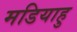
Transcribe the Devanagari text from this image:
मडियाहु